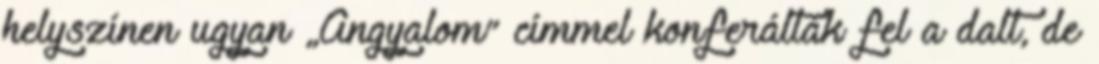
helyszínen ugyan „Angyalom” címmel konferálták fel a dalt, de